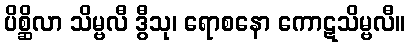
ပိစ္ဆိလာ သိမ္ဗလီ ဒွီသု၊ ရောစနော ကောဋသိမ္ဗလီ။